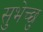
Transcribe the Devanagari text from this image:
सुभेच्छु